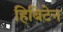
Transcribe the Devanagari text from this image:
हिबिटेन